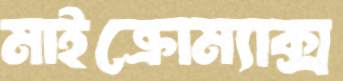
মাইক্রোম্যাক্স